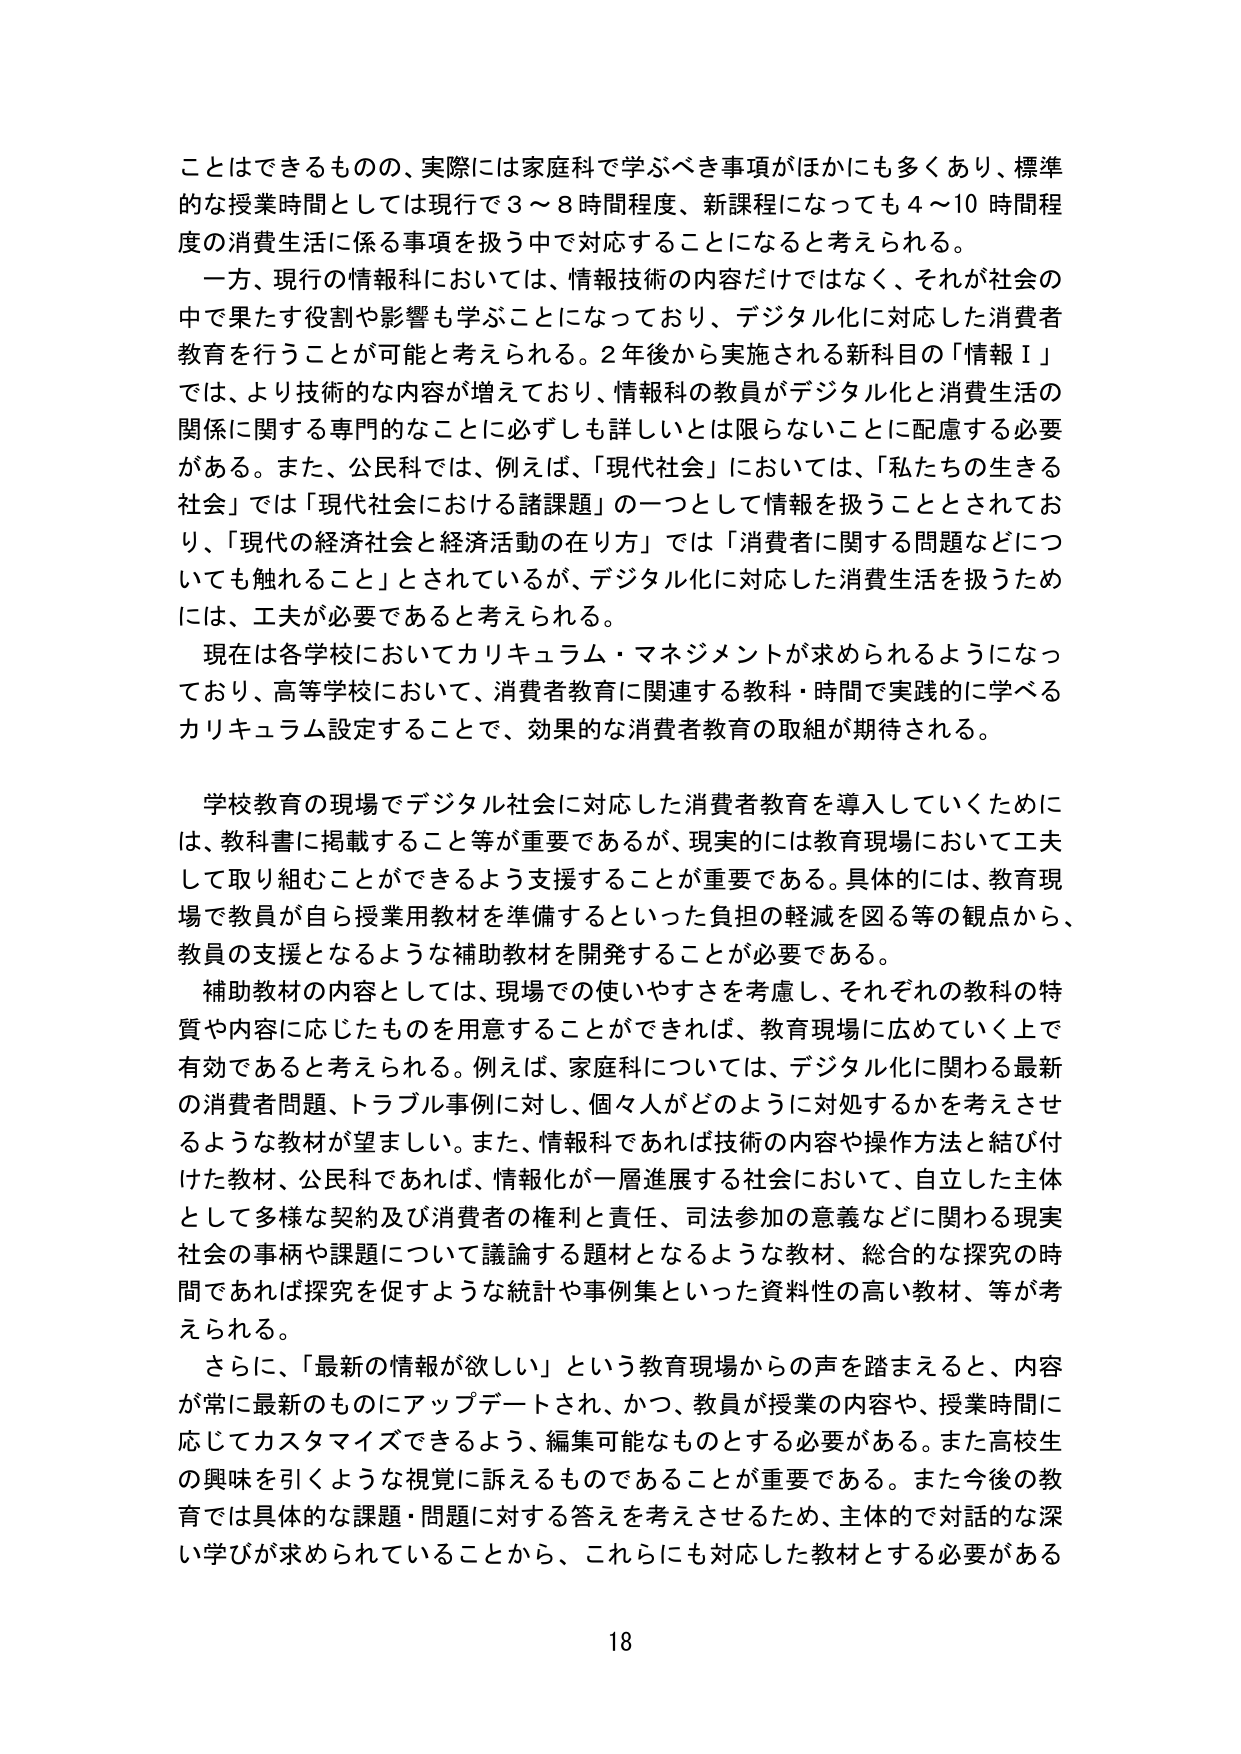
ことはできるものの、実際には家庭科で学ぶべき事項がほかにも多くあり、標準的な授業時間としては現行で3～8時間程度、新課程になっても4～10時間程度の消費生活に係る事項を扱う中で対応することになると考えられる。

一方、現行の情報科においては、情報技術の内容だけではなく、それが社会の中で果たす役割や影響も学ぶことになっており、デジタル化に対応した消費者教育を行うことが可能と考えられる。2年後から実施される新科目の「情報Ⅰ」では、より技術的な内容が増えており、情報科の教員がデジタル化と消費生活の関係に関する専門的なことに必ずしも詳しいとは限らないことに配慮する必要がある。また、公民科では、例えば、「現代社会」においては、「私たちの生きる社会」では「現代社会における諸課題」の一つとして情報を扱うこととされており、「現代の経済社会と経済活動の在り方」では「消費者に関する問題などについても触れること」とされているが、デジタル化に対応した消費生活を扱うためには、工夫が必要であると考えられる。

現在は各学校においてカリキュラム・マネジメントが求められるようになっており、高等学校において、消費者教育に関連する教科・時間で実践的に学べるカリキュラム設定することで、効果的な消費者教育の取組が期待される。

学校教育の現場でデジタル社会に対応した消費者教育を導入していくためには、教科書に掲載すること等が重要であるが、現実的には教育現場において工夫して取り組むことができるよう支援することが重要である。具体的には、教育現場で教員が自ら授業用教材を準備するといった負担の軽減を図る等の観点から、教員の支援となるような補助教材を開発することが必要である。

補助教材の内容としては、現場での使いやすさを考慮し、それぞれの教科の特質や内容に応じたものを用意することができれば、教育現場に広めていく上で有効であると考えられる。例えば、家庭科については、デジタル化に関わる最新の消費者問題、トラブル事例に対し、個々人がどのように対処するかを考えさせるような教材が望ましい。また、情報科であれば技術の内容や操作方法と結び付けた教材、公民科であれば、情報化が一層進展する社会において、自立した主体として多様な契約及び消費者の権利と責任、司法参加の意義などに関わる現実社会の事柄や課題について議論する題材となるような教材、総合的な探究の時間であれば探究を促すような統計や事例集といった資料性の高い教材、等が考えられる。

さらに、「最新の情報が欲しい」という教育現場からの声を踏まえると、内容が常に最新のものにアップデートされ、かつ、教員が授業の内容や、授業時間に応じてカスタマイズできるよう、編集可能なものとする必要がある。また高校生の興味を引くような視覚に訴えるものであることが重要である。また今後の教育では具体的な課題・問題に対する答えを考えさせるため、主体的で対話的な深い学びが求められていることから、これらにも対応した教材とする必要がある

18